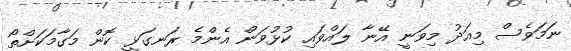
ނަމަވެސް މިއަދު މިވަނީ އޭނާ ލައްވައި ކުޅުވަން އެންމެ ރަނގަޅީ ކޮން މަގާމަކަށްތޯ